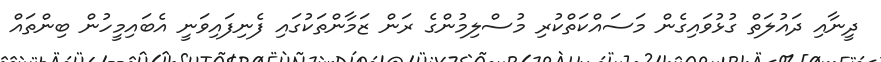
ދީނާއި ދައުލަތް ގުޅުވައިގެން މަސައްކަތްކުރި މުސްލިމުންގެ ރަން ޒަމާންތަކުގައި ފެނިފައިވަނީ އެބައިމީހުން ބިންތައް